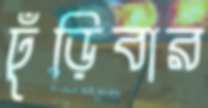
ঢুঁড়িবার